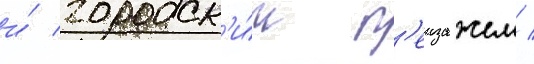
и́ городск'и́м п'еизажем /